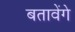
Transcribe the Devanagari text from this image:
बतावेंगे